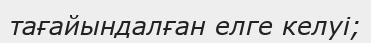
тағайындалған елге келуі;